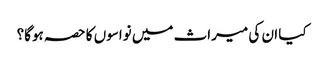
کیا ان کی میراث میں نواسوں کا حصہ ہوگا؟